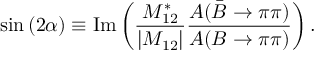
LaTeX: \sin { ( 2 \alpha ) } \equiv \mathrm { I m } \left( { \frac { M _ { 1 2 } ^ { * } } { | M _ { 1 2 } | } } { \frac { A ( \bar { B } \rightarrow \pi \pi ) } { A ( B \rightarrow \pi \pi ) } } \right) .